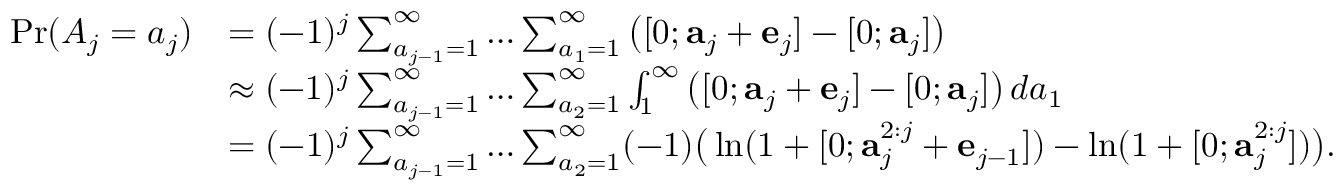
\begin{array} { r l } { \operatorname* { P r } ( A _ { j } = a _ { j } ) } & { = ( - 1 ) ^ { j } \sum _ { a _ { j - 1 } = 1 } ^ { \infty } \dots \sum _ { a _ { 1 } = 1 } ^ { \infty } \big ( [ 0 ; \mathbf { a } _ { j } + \mathbf { e } _ { j } ] - [ 0 ; \mathbf { a } _ { j } ] \big ) } \\ & { \approx ( - 1 ) ^ { j } \sum _ { a _ { j - 1 } = 1 } ^ { \infty } \dots \sum _ { a _ { 2 } = 1 } ^ { \infty } \int _ { 1 } ^ { \infty } \big ( [ 0 ; \mathbf { a } _ { j } + \mathbf { e } _ { j } ] - [ 0 ; \mathbf { a } _ { j } ] \big ) \, d a _ { 1 } } \\ & { = ( - 1 ) ^ { j } \sum _ { a _ { j - 1 } = 1 } ^ { \infty } \dots \sum _ { a _ { 2 } = 1 } ^ { \infty } ( - 1 ) \big ( \ln ( 1 + [ 0 ; \mathbf { a } _ { j } ^ { 2 : j } + \mathbf { e } _ { j - 1 } ] ) - \ln ( 1 + [ 0 ; \mathbf { a } _ { j } ^ { 2 : j } ] ) \big ) . } \end{array}